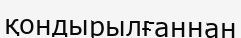
қондырылғаннан